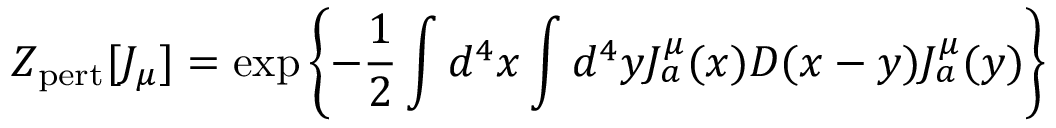
Z _ { \mathrm { p e r t } } [ J _ { \mu } ] = \exp \left\{ - { \frac { 1 } { 2 } } \int d ^ { 4 } x \int d ^ { 4 } y J _ { a } ^ { \mu } ( x ) D ( x - y ) J _ { a } ^ { \mu } ( y ) \right\}